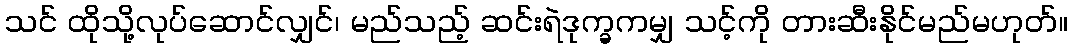
သင် ထိုသို့လုပ်ဆောင်လျှင်၊ မည်သည့် ဆင်းရဲဒုက္ခကမျှ သင့်ကို တားဆီးနိုင်မည်မဟုတ်။